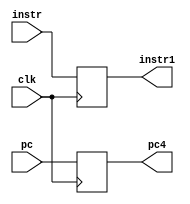
`timescale 1ns / 1ps
//////////////////////////////////////////////////////////////////////////////////
// Company: 
// Engineer: 
// 
// Design Name: 
// Module Name: IF-ID
// Project Name: 
// Target Devices: 
// Tool Versions: 
// Description: 
// 
// Dependencies: 
// 
// Revision:
// Revision 0.01 - File Created
// Additional Comments:
// 
//////////////////////////////////////////////////////////////////////////////////


module IFID(
    input   clk,
    input   [31:0]pc,
    input   [31:0]instr,
    output  reg [31:0]instr1,
    output  reg [31:0]pc4
    );
    initial
    begin
      instr1 = 0;
      pc4 = 0;
    end
    always@(posedge clk)
    begin
      instr1 <= instr;
      pc4 <= pc;
    end
endmodule